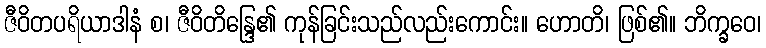
ဇီဝိတပရိယာဒါနံ စ၊ ဇီဝိတိန္ဒြေ၏ ကုန်ခြင်းသည်လည်းကောင်း။ ဟောတိ၊ ဖြစ်၏။ ဘိက္ခဝေ၊